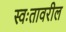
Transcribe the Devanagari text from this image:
स्वःतावरील